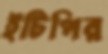
ইটিপির